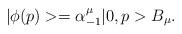
LaTeX: \begin{align*}|\phi(p)> = \alpha_{-1}^{\mu}|0,p>B_{\mu}.\end{align*}